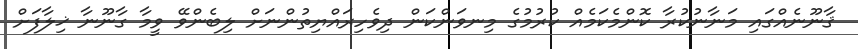
ޤާނޫނެއްގައި މަނާނުކުރާ ކޮންމެކަމެއް ކުރުމުގެ މިނވަންކަން ދިވެހިރައްޔިތުންނަށް ލިބެންވޭ ވީމާ ގާނޫނާ ޚިލާފަށް